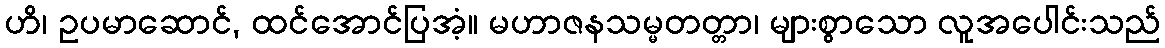
ဟိ၊ ဥပမာဆောင်, ထင်အောင်ပြအံ့။ မဟာဇနသမ္မတတ္တာ၊ များစွာသော လူအပေါင်းသည်